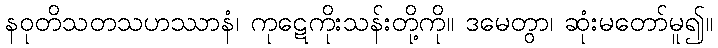
နဝုတိသတသဟဿာနံ၊ ကုဋေကိုးသန်းတို့ကို။ ဒမေတွာ၊ ဆုံးမတော်မူ၍။